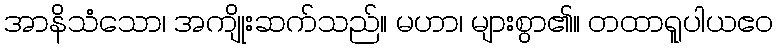
အာနိသံသော၊ အကျိုးဆက်သည်။ မဟာ၊ များစွာ၏။ တထာရူပါယဧဝ